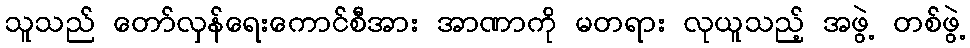
သူသည် တော်လှန်ရေးကောင်စီအား အာဏာကို မတရား လုယူသည့် အဖွဲ့ တစ်ဖွဲ့